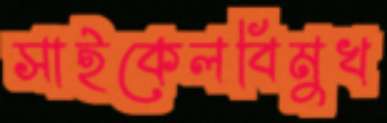
সাইকেলবিমুখ